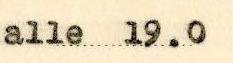
alle 19.0